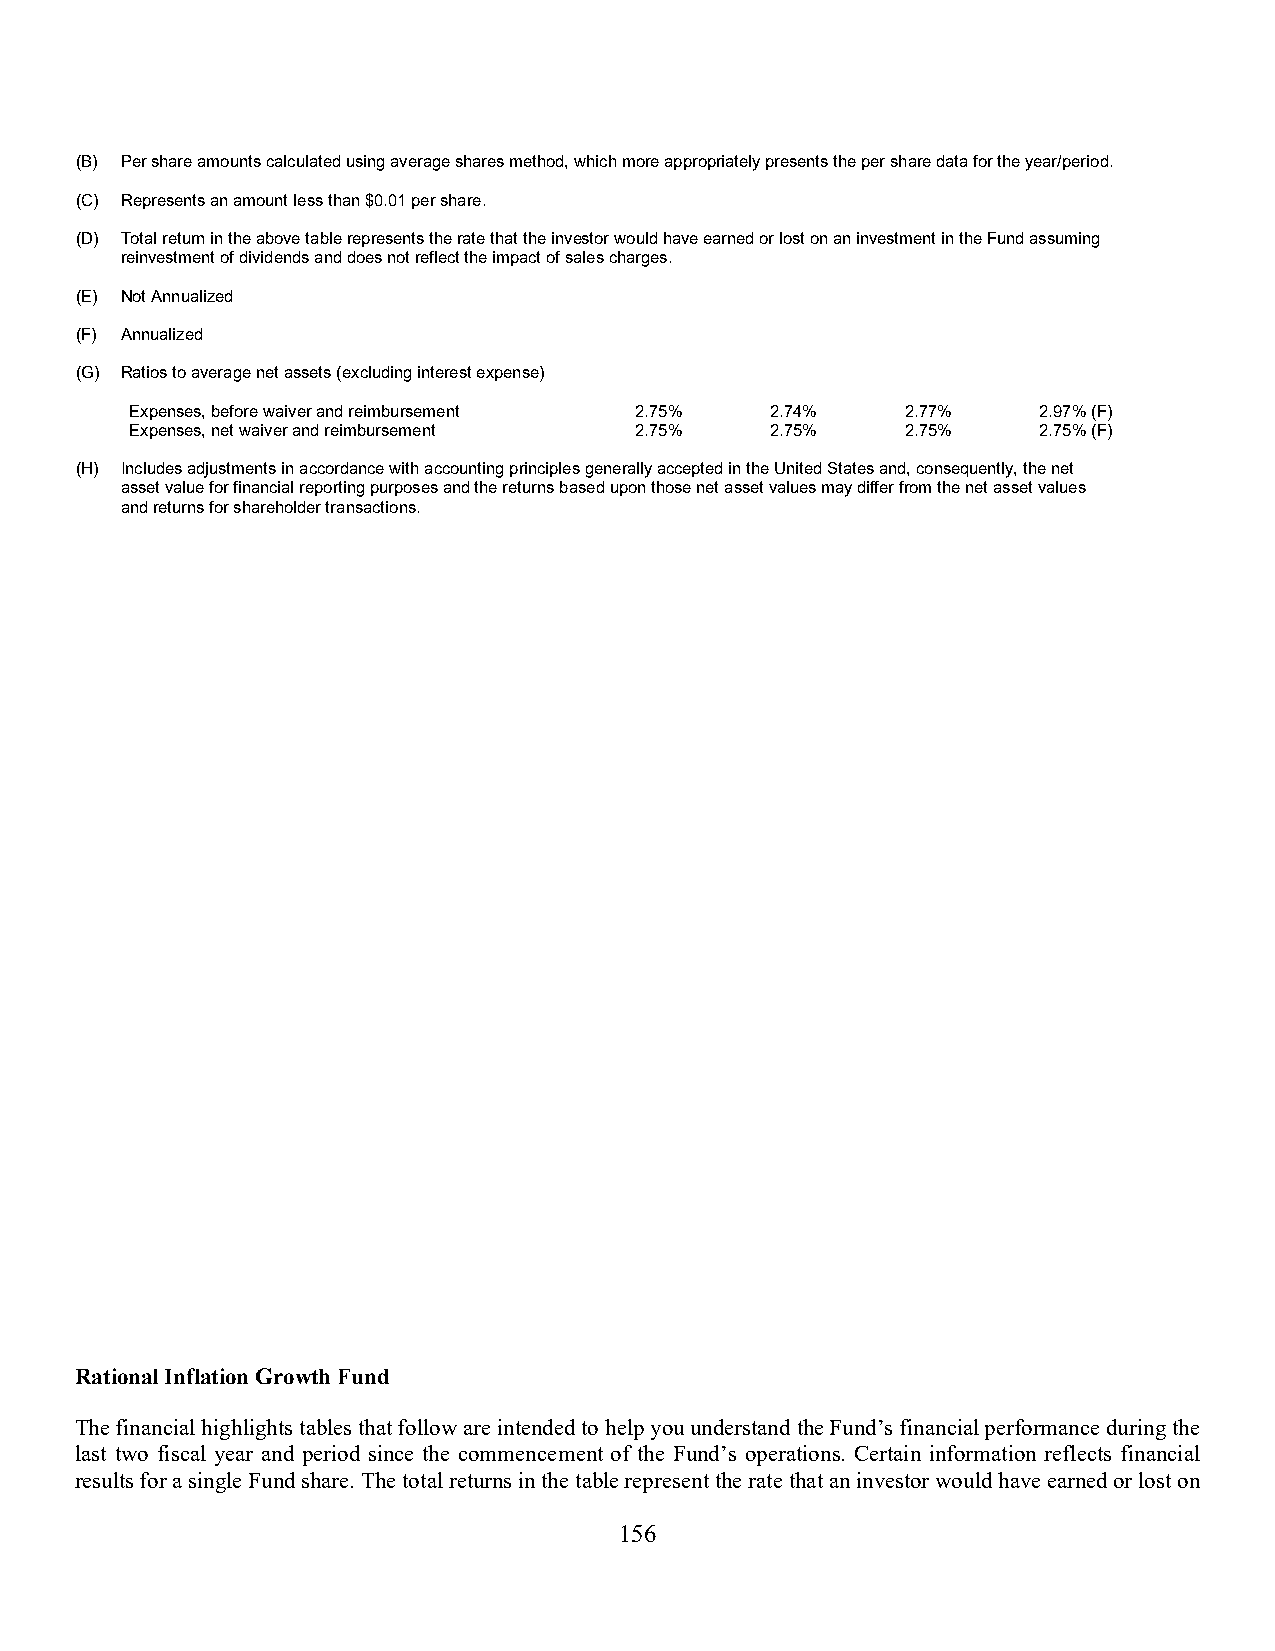
(B) Per share amounts calculated using average shares method, which more appropriately presents the per share data for the year/period.
 (C) Represents an amount less than $0.01 per share.
 (D) Total return in the above table represents the rate that the investor would have earned or lost on an investment in the Fund assuming
 reinvestment of dividends and does not reflect the impact of sales charges.
 (E) Not Annualized
 (F) Annualized
 (G) Ratios to average net assets (excluding interest expense)
 Expenses, before waiver and reimbursement 2.75 % 2.74 % 2.77 % 2.97 % (F)
 Expenses, net waiver and reimbursement 2.75 % 2.75 % 2.75 % 2.75 % (F)
 (H) Includes adjustments in accordance with accounting principles generally accepted in the United States and, consequently, the net
 asset value for financial reporting purposes and the returns based upon those net asset values may differ from the net asset values
 and returns for shareholder transactions.
 Rational Inflation Growth Fund
 The financial highlights tables that follow are intended to help you understand the Fund’s financial performance during the
 last two fiscal year and period since the commencement of the Fund’s operations. Certain information reflects financial
 results for a single Fund share. The total returns in the table represent the rate that an investor would have earned or lost on
 156